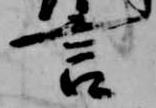
言